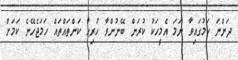
ދަންނަ ކަމުގައިވާ ނަމަ އެމީހަކު ކުރަން ބޭނުންވާ ހުރިހާ ކަންތައްތައް ހަމަޖެހޭނެ ކަމަށް